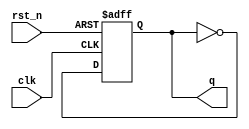
module D (
	input wire clk,
	input wire rst_n,
	output reg q
);

	always@(posedge clk or negedge rst_n) begin
		if(!rst_n) begin
			q <= 1'd0;
		end else begin
			q <= ~q;
		end
	end

endmodule